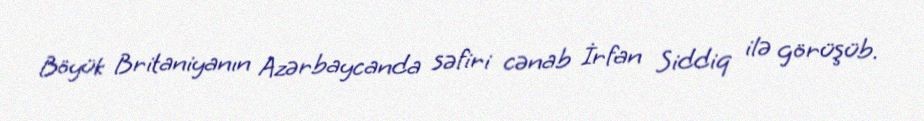
Böyük Britaniyanın Azərbaycanda səfiri cənab İrfan Siddiq ilə görüşüb.